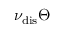
\nu _ { \mathrm { d i s } } \Theta